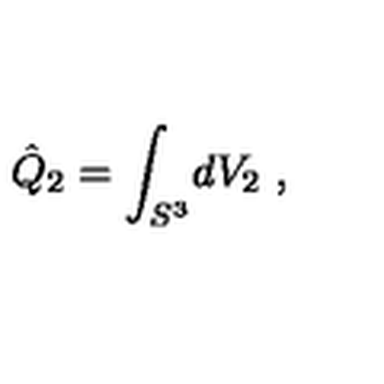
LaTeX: \hat { Q } _ { 2 } = \int _ { S ^ { 3 } } \! d V _ { 2 } \ ,